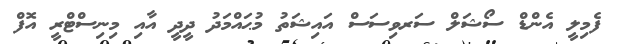
ފެމިލީ އެންޑް ސޯޝަލް ސަރވިސަސް އައިޝަތު މުޙައްމަދު ދީދީ އާއި މިނިސްޓްރީ އޮފް